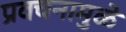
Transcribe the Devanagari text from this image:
प्रवचनामुळे